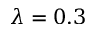
\lambda = 0 . 3